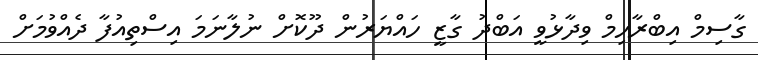
ގާސިމް އިބްރާހިމް ވިދާޅުވީ އަބްދު ގާޒީ ހައްޔަރުން ދޫކޮށް ނުލާނަމަ އިސްތިއުފާ ދެއްވުމަށް